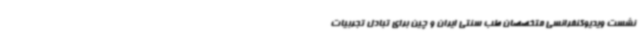
نشست ویدیوکنفرانسی متخصصان طب سنتی ایران و چین برای تبادل تجربیات